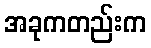
အခုကတည်းက